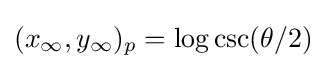
(x_{\infty },y_{\infty })_{p}=\log \csc(\theta /2)